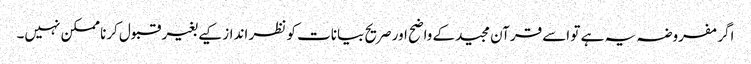
اگر مفروضہ یہ ہے تو اسے قرآن مجیدکے واضح اور صریح بیانات کو نظر انداز کیے بغیر قبول کرنا ممکن نہیں۔